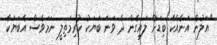
"އަލުން އަނެއްކާ ބިޑަށް ލައިގެން ދެ ވަނަ ބަޔަކު ކުރިމަތިލީ ނަމަވެސް އެބަޔަކާ